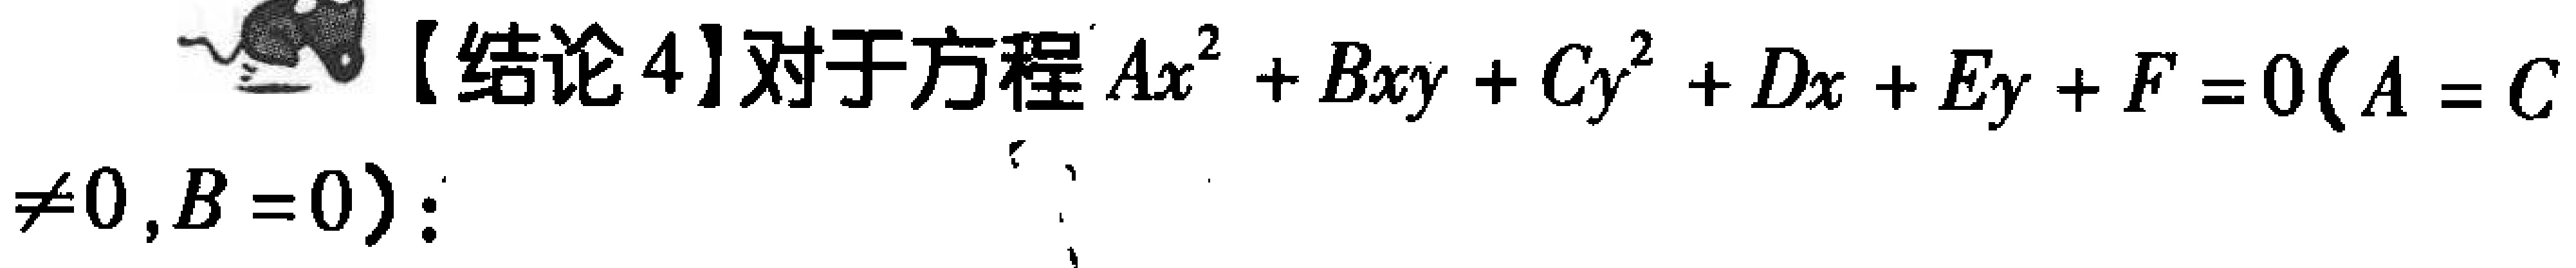
【结论4】对于方程 \(Ax^{2}+Bxy + Cy^{2}+Dx + Ey+F = 0(A = C\neq0,B = 0)\)：